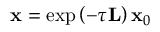
\mathbf { x } = \exp \left( - \tau \mathbf { L } \right) \mathbf { x } _ { 0 }